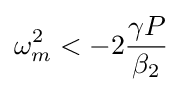
\omega _{m}^{2}<-2{\frac {\gamma P}{\beta _{2}}}